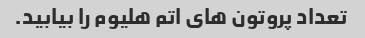
تعداد پروتون های اتم هلیوم را بیابید.